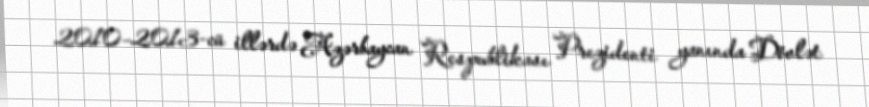
2010–2013-cü illərdə Azərbaycan Respublikası Prezidenti yanında Dövlət